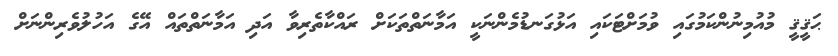
ޙަޤީޤީ މުއުމިނުންކަމުގައި ވުމަށްޓަކައި އަޅުގަނޑުމެންނަކީ އަމާނަތްތަކަށް ރައްކާތެރިވާ އަދި އަމާނަތްތައް އޭގެ އަހުލުވެރިންނަށް